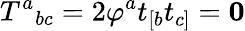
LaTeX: T^{a}{}_{bc}=2\varphi^{a}t_{[b}t_{c]}=\mathbf{0}